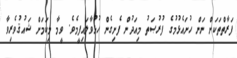
ފަރާތްތަކަށް ނަން ހުށައެޅުމުގެ ފުރުޞަތު މިއަދުން ފެށިގެން ހުޅުވާލައިފީމެވެ. ވީމާ މިކަމަށް ޝައުޤުވެރިވާ